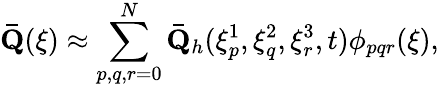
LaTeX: \mathbf{\bar{Q}}(\xi)\approx\sum_{p,q,r=0}^{N}\mathbf{\bar{Q}}_{h}(\xi_{p}^{1},\xi_{q}^{2},\xi_{r}^{3},t)\phi_{pqr}(\xi),